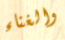
والغناء